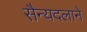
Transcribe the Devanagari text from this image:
सैन्यदलाने